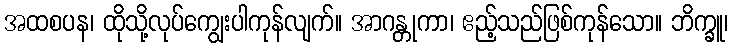
အထစပန၊ ထိုသို့လုပ်ကျွေးပါကုန်လျက်။ အာဂန္တုကာ၊ ဧည့်သည်ဖြစ်ကုန်သော။ ဘိက္ခူ၊